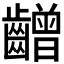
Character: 𪙭